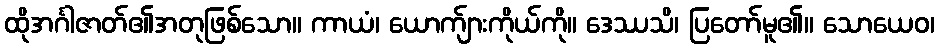
ထိုအင်္ဂါဇာတ်၏အတုဖြစ်သော။ ကာယံ၊ ယောက်ျားကိုယ်ကို။ ဒေဿသိ၊ ပြတော်မူ၏။ သောယေဝ၊